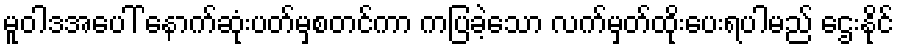
မူဝါဒအပေါ် နောက်ဆုံးပတ်မှစတင်ကာ ကပြခဲ့သော လက်မှတ်ထိုးပေးရပါမည် ဌေးနိုင်